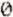
0